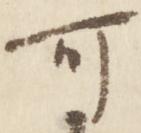
可